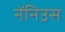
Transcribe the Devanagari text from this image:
नेंनिउस